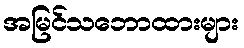
အမြင်သဘောထားများ